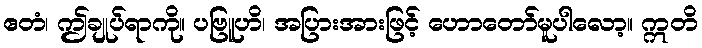
ဧတံ၊ ဤချုပ်ရာကို။ ပဗြူဟိ၊ အပြားအားဖြင့် ဟောတော်မူပါလော့။ ဣတိ